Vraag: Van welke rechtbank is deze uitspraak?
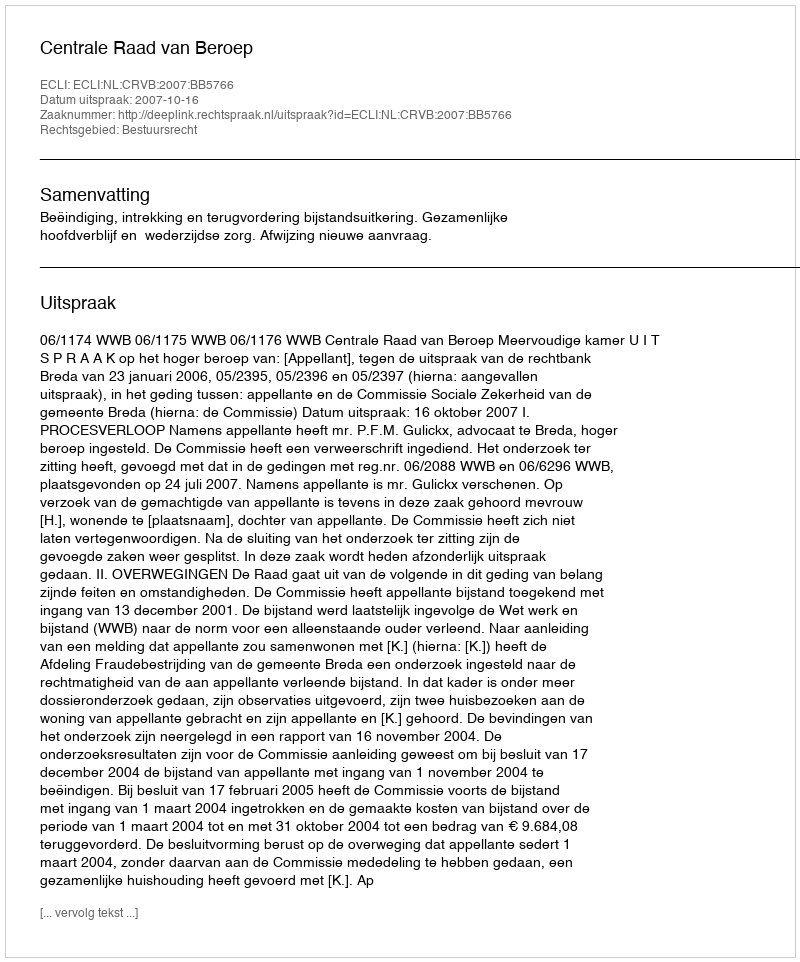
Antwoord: Centrale Raad van Beroep